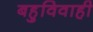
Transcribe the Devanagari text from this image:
बहुविवाही